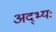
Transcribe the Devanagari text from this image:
अद्भ्यः